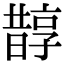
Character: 𣋄